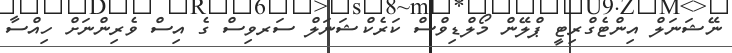
ނޭޝަނަލް އިންޓެގްރިޓީ ޕްލޭން މޯލްޑިވްސް ކަރެކްޝަނަލް ސަރވިސް ގެ އިސް ވެރިންނަށް ހިއްސާ